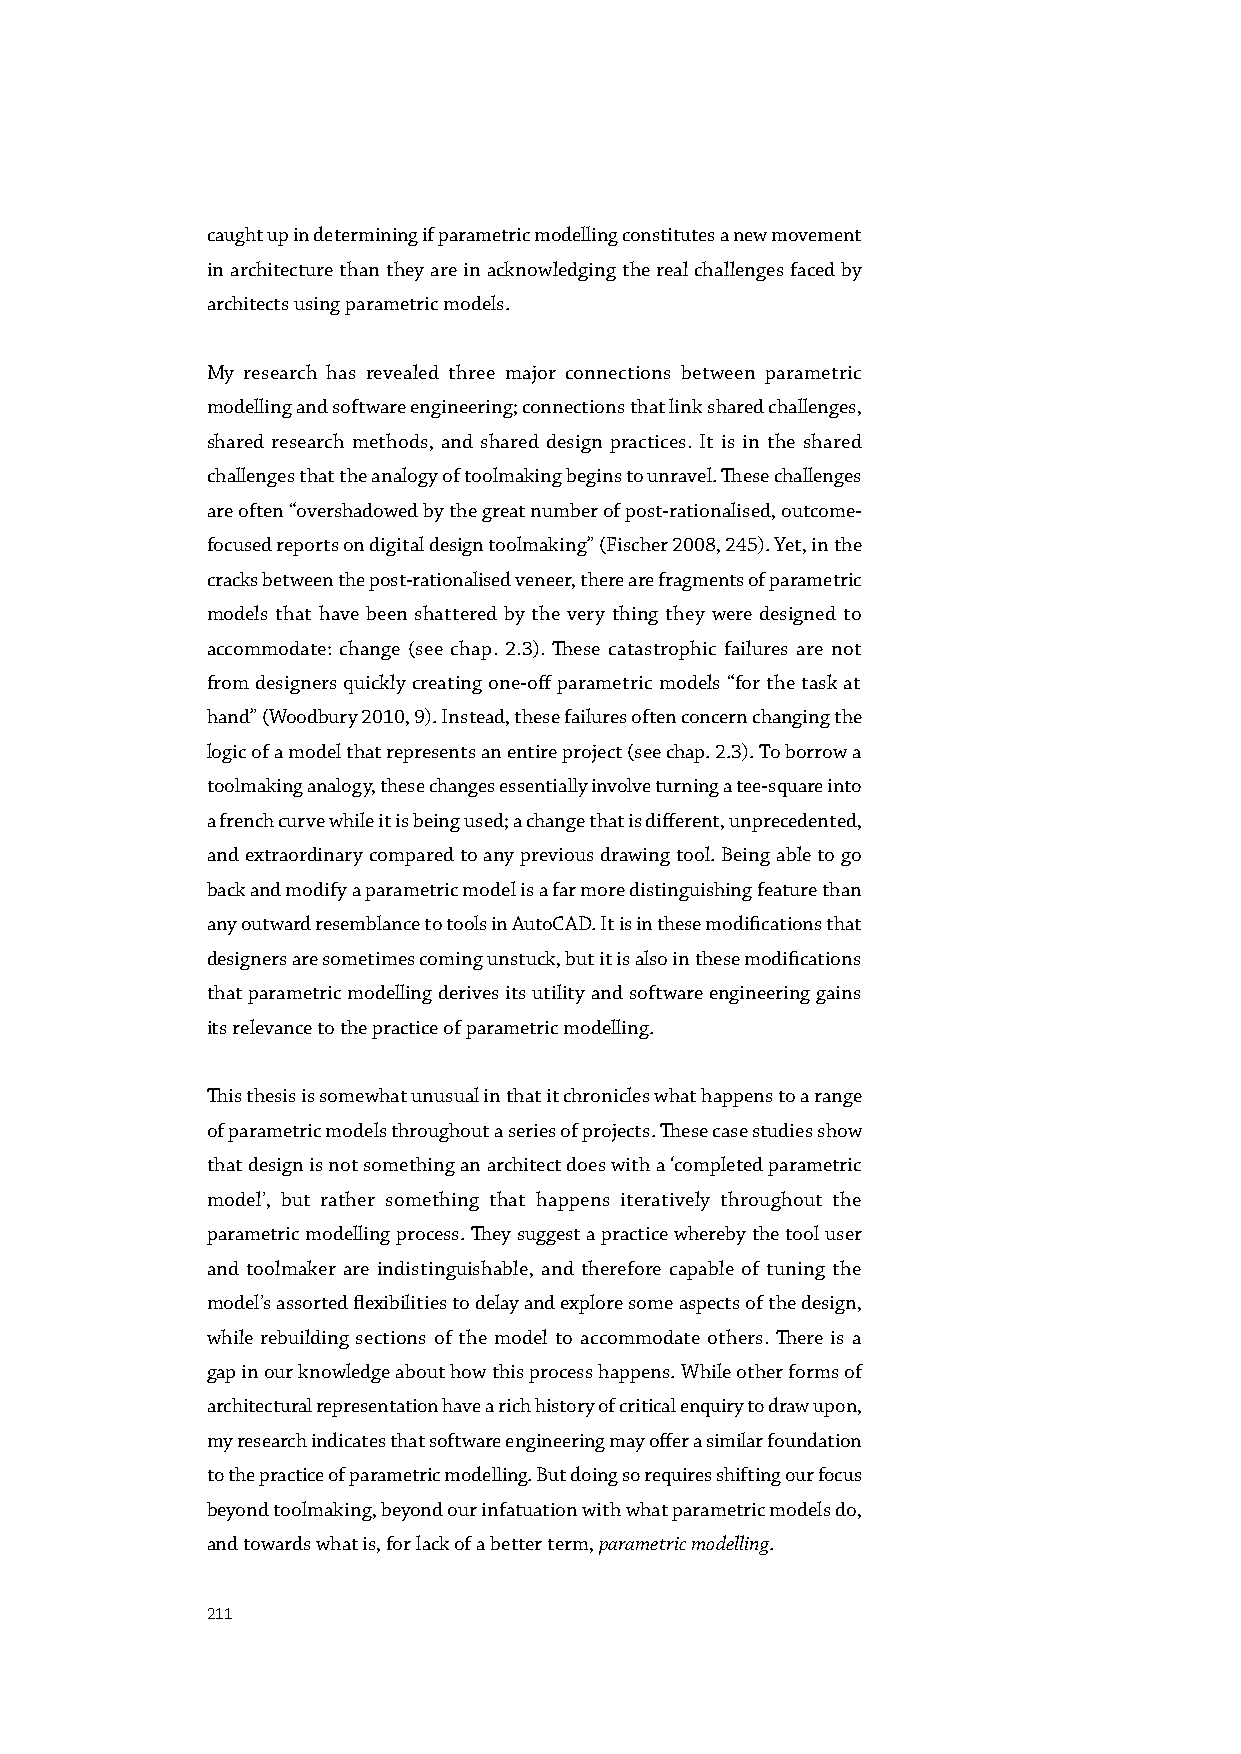
caught up in determining if parametric modelling constitutes a new movement
 in architecture than they are in acknowledging the real challenges faced by
 architects using parametric models.
 My research has revealed three major connections between parametric
 modelling and software engineering; connections that link shared challenges,
 shared research methods, and shared design practices. It is in the shared
 challenges that the analogy of toolmaking begins to unravel. These challenges
 are often “overshadowed by the great number of post-rationalised, outcome-
 focused reports on digital design toolmaking” (Fischer 2008, 245). Yet, in the
 cracks between the post-rationalised veneer, there are fragments of parametric
 models that have been shattered by the very thing they were designed to
 accommodate: change (see chap. 2.3). These catastrophic failures are not
 from designers quickly creating one-off parametric models “for the task at
 hand” (Woodbury 2010, 9). Instead, these failures often concern changing the
 logic of a model that represents an entire project (see chap. 2.3). To borrow a
 toolmaking analogy, these changes essentially involve turning a tee-square into
 a french curve while it is being used; a change that is different, unprecedented,
 and extraordinary compared to any previous drawing tool. Being able to go
 back and modify a parametric model is a far more distinguishing feature than
 any outward resemblance to tools in AutoCAD. It is in these modifications that
 designers are sometimes coming unstuck, but it is also in these modifications
 that parametric modelling derives its utility and software engineering gains
 its relevance to the practice of parametric modelling.
 This thesis is somewhat unusual in that it chronicles what happens to a range
 of parametric models throughout a series of projects. These case studies show
 that design is not something an architect does with a ‘completed parametric
 model’, but rather something that happens iteratively throughout the
 parametric modelling process. They suggest a practice whereby the tool user
 and toolmaker are indistinguishable, and therefore capable of tuning the
 model’s assorted flexibilities to delay and explore some aspects of the design,
 while rebuilding sections of the model to accommodate others. There is a
 gap in our knowledge about how this process happens. While other forms of
 architectural representation have a rich history of critical enquiry to draw upon,
 my research indicates that software engineering may offer a similar foundation
 to the practice of parametric modelling. But doing so requires shifting our focus
 beyond toolmaking, beyond our infatuation with what parametric models do,
 and towards what is, for lack of a better term, parametric modelling.
 211